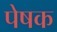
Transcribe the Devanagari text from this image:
पेषक